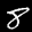
Label: 8